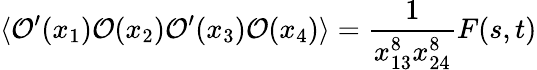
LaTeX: \langle{\mathcal O}^{\prime}(x_{1}){\mathcal O}(x_{2}){\mathcal O}^{\prime}(x_{3}){\mathcal O}(x_{4})\rangle=\frac{1}{x_{13}^{8}x_{24}^{8}}F(s,t)